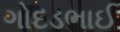
ગોદડભાઈ